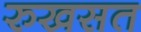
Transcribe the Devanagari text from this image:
रुखसत